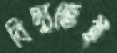
বিদ্যুতেই